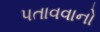
પતાવવાનો